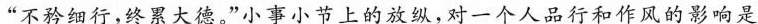
”不矜细行，终累大德。”小事小节上的放纵，对一个人品行和作风的影响是